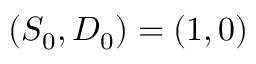
( S _ { 0 } , D _ { 0 } ) = ( 1 , 0 )